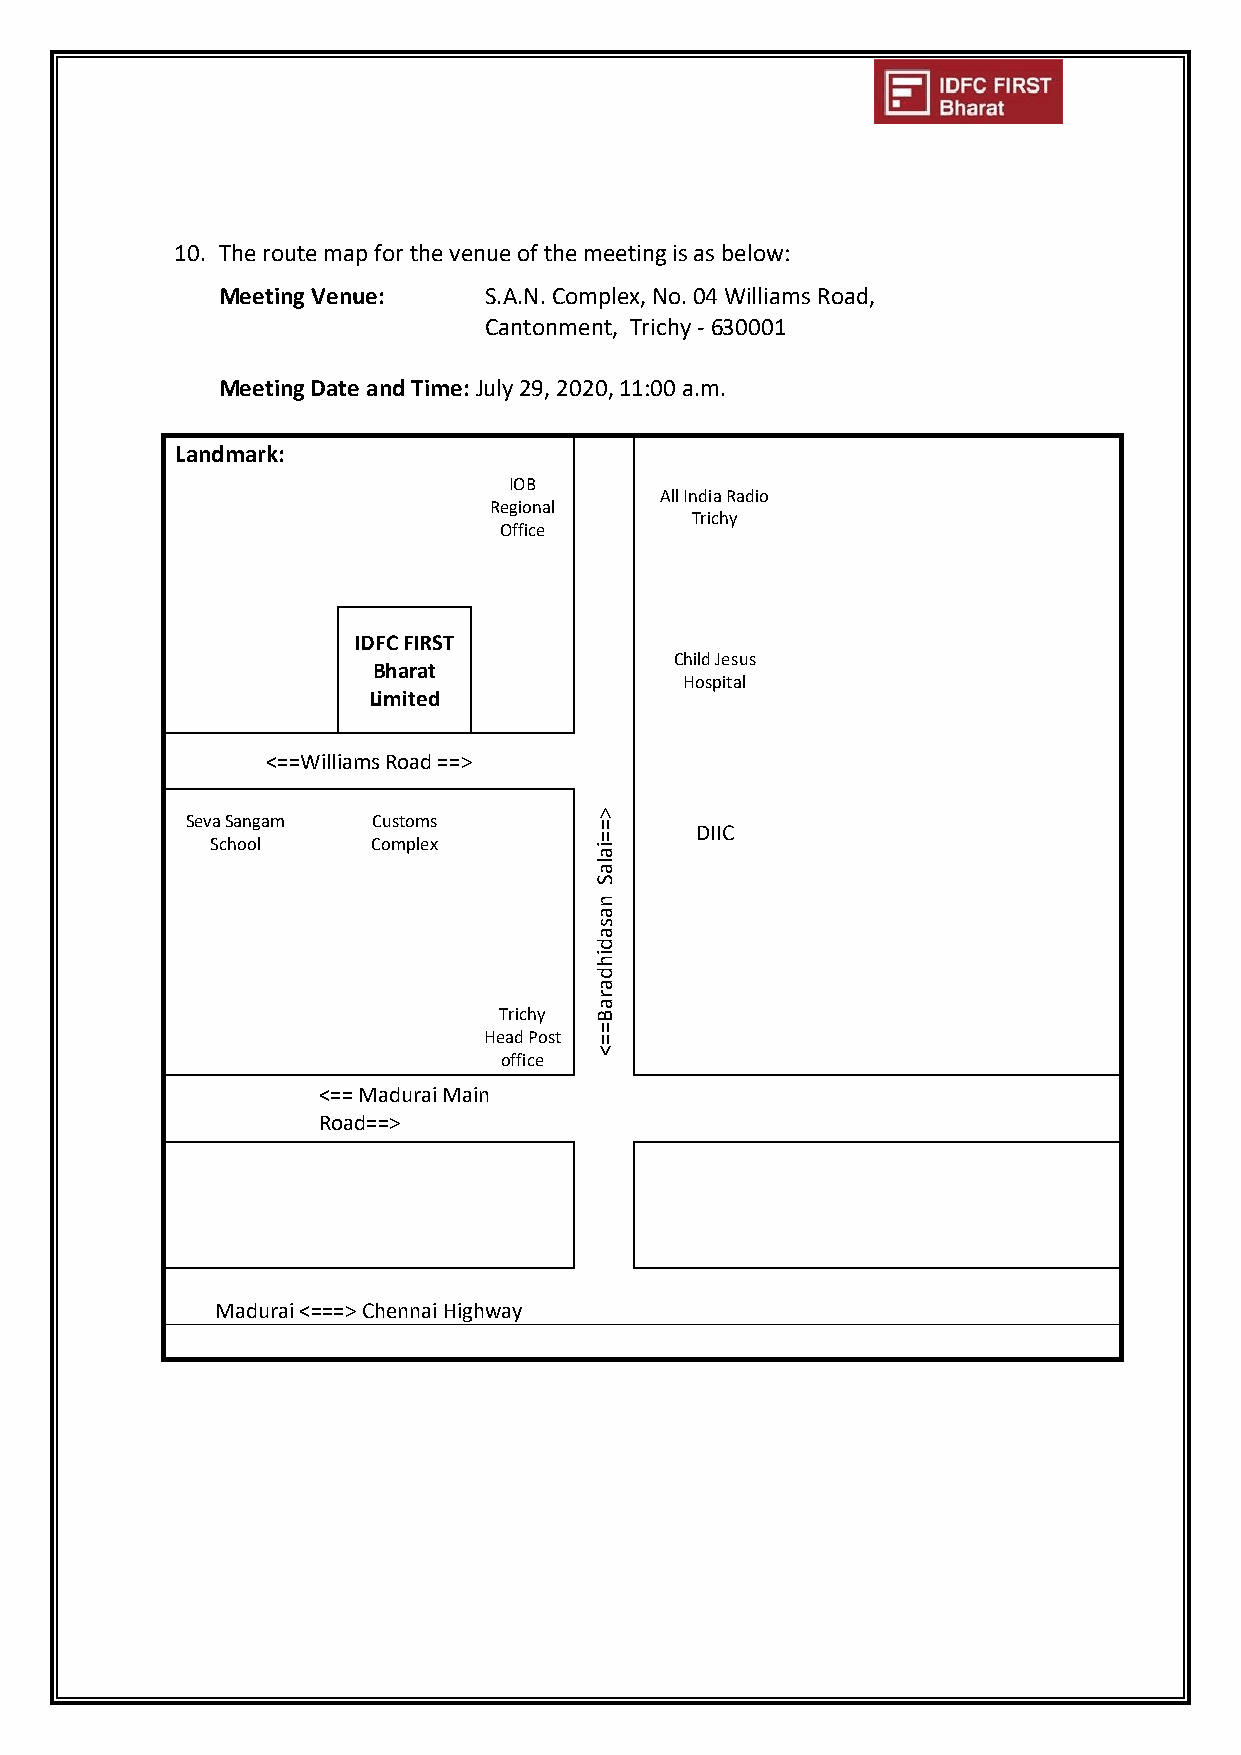
10. The route map for the venue of the meeting is as below:
 Meeting Venue:    S.A.N. Complex, No. 04 Williams Road,
 Cantonment, Trichy - 630001
 Meeting Date and Time: July 29, 2020, 11:00 a.m.
 Landmark:
 IOB
 All India Radio
 Regional
 Trichy
 Office
 IDFC FIRST
 Bharat
 Child Jesus
 Hospital
 Limited
 <==Williams Road ==>
 Seva Sangam  Customs       > =    DIIC
 School     Complex       = ia
 la
 S
 n
 a
 s
 a
 d
 ih
 d
 a
 r
 a
 Trichy B
 Head Post
 =
 =
 <
 office
 <== Madurai Main
 Road==>
 Madurai <===> Chennai Highway